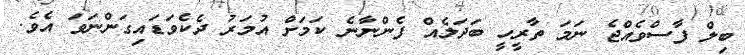
ބިލް ފާސްވެއްޖެ ނަމަ ތާރީހީ ބަދަލެއް ފެންނާނެ ކަމަށް އުމަރު ދެކެވަޑައިގަންނަވަ އެވެ.